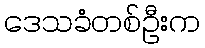
ဒေသခံတစ်ဦးက